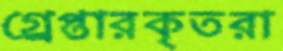
গ্র্রেপ্তারকৃতরা